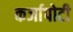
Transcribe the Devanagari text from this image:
कर्जापोटी